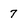
Character: 7